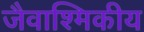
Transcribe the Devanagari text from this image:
जैवाश्मिकीय